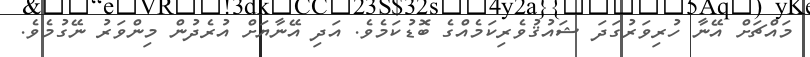
މައްޗަށް އޭނާ ހުރިވަރުގަދަ ޝައުޤުވެރިކަމެއްގެ ބޮޑުކަމެވެ. އަދި އޭނާޔަށް އުރެދުން މިންވަރު ނޭގުމެވެ.